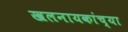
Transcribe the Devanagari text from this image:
खलनायकांच्या